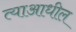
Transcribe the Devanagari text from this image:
त्याआधील